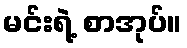
မင်းရဲ့ စာအုပ်။